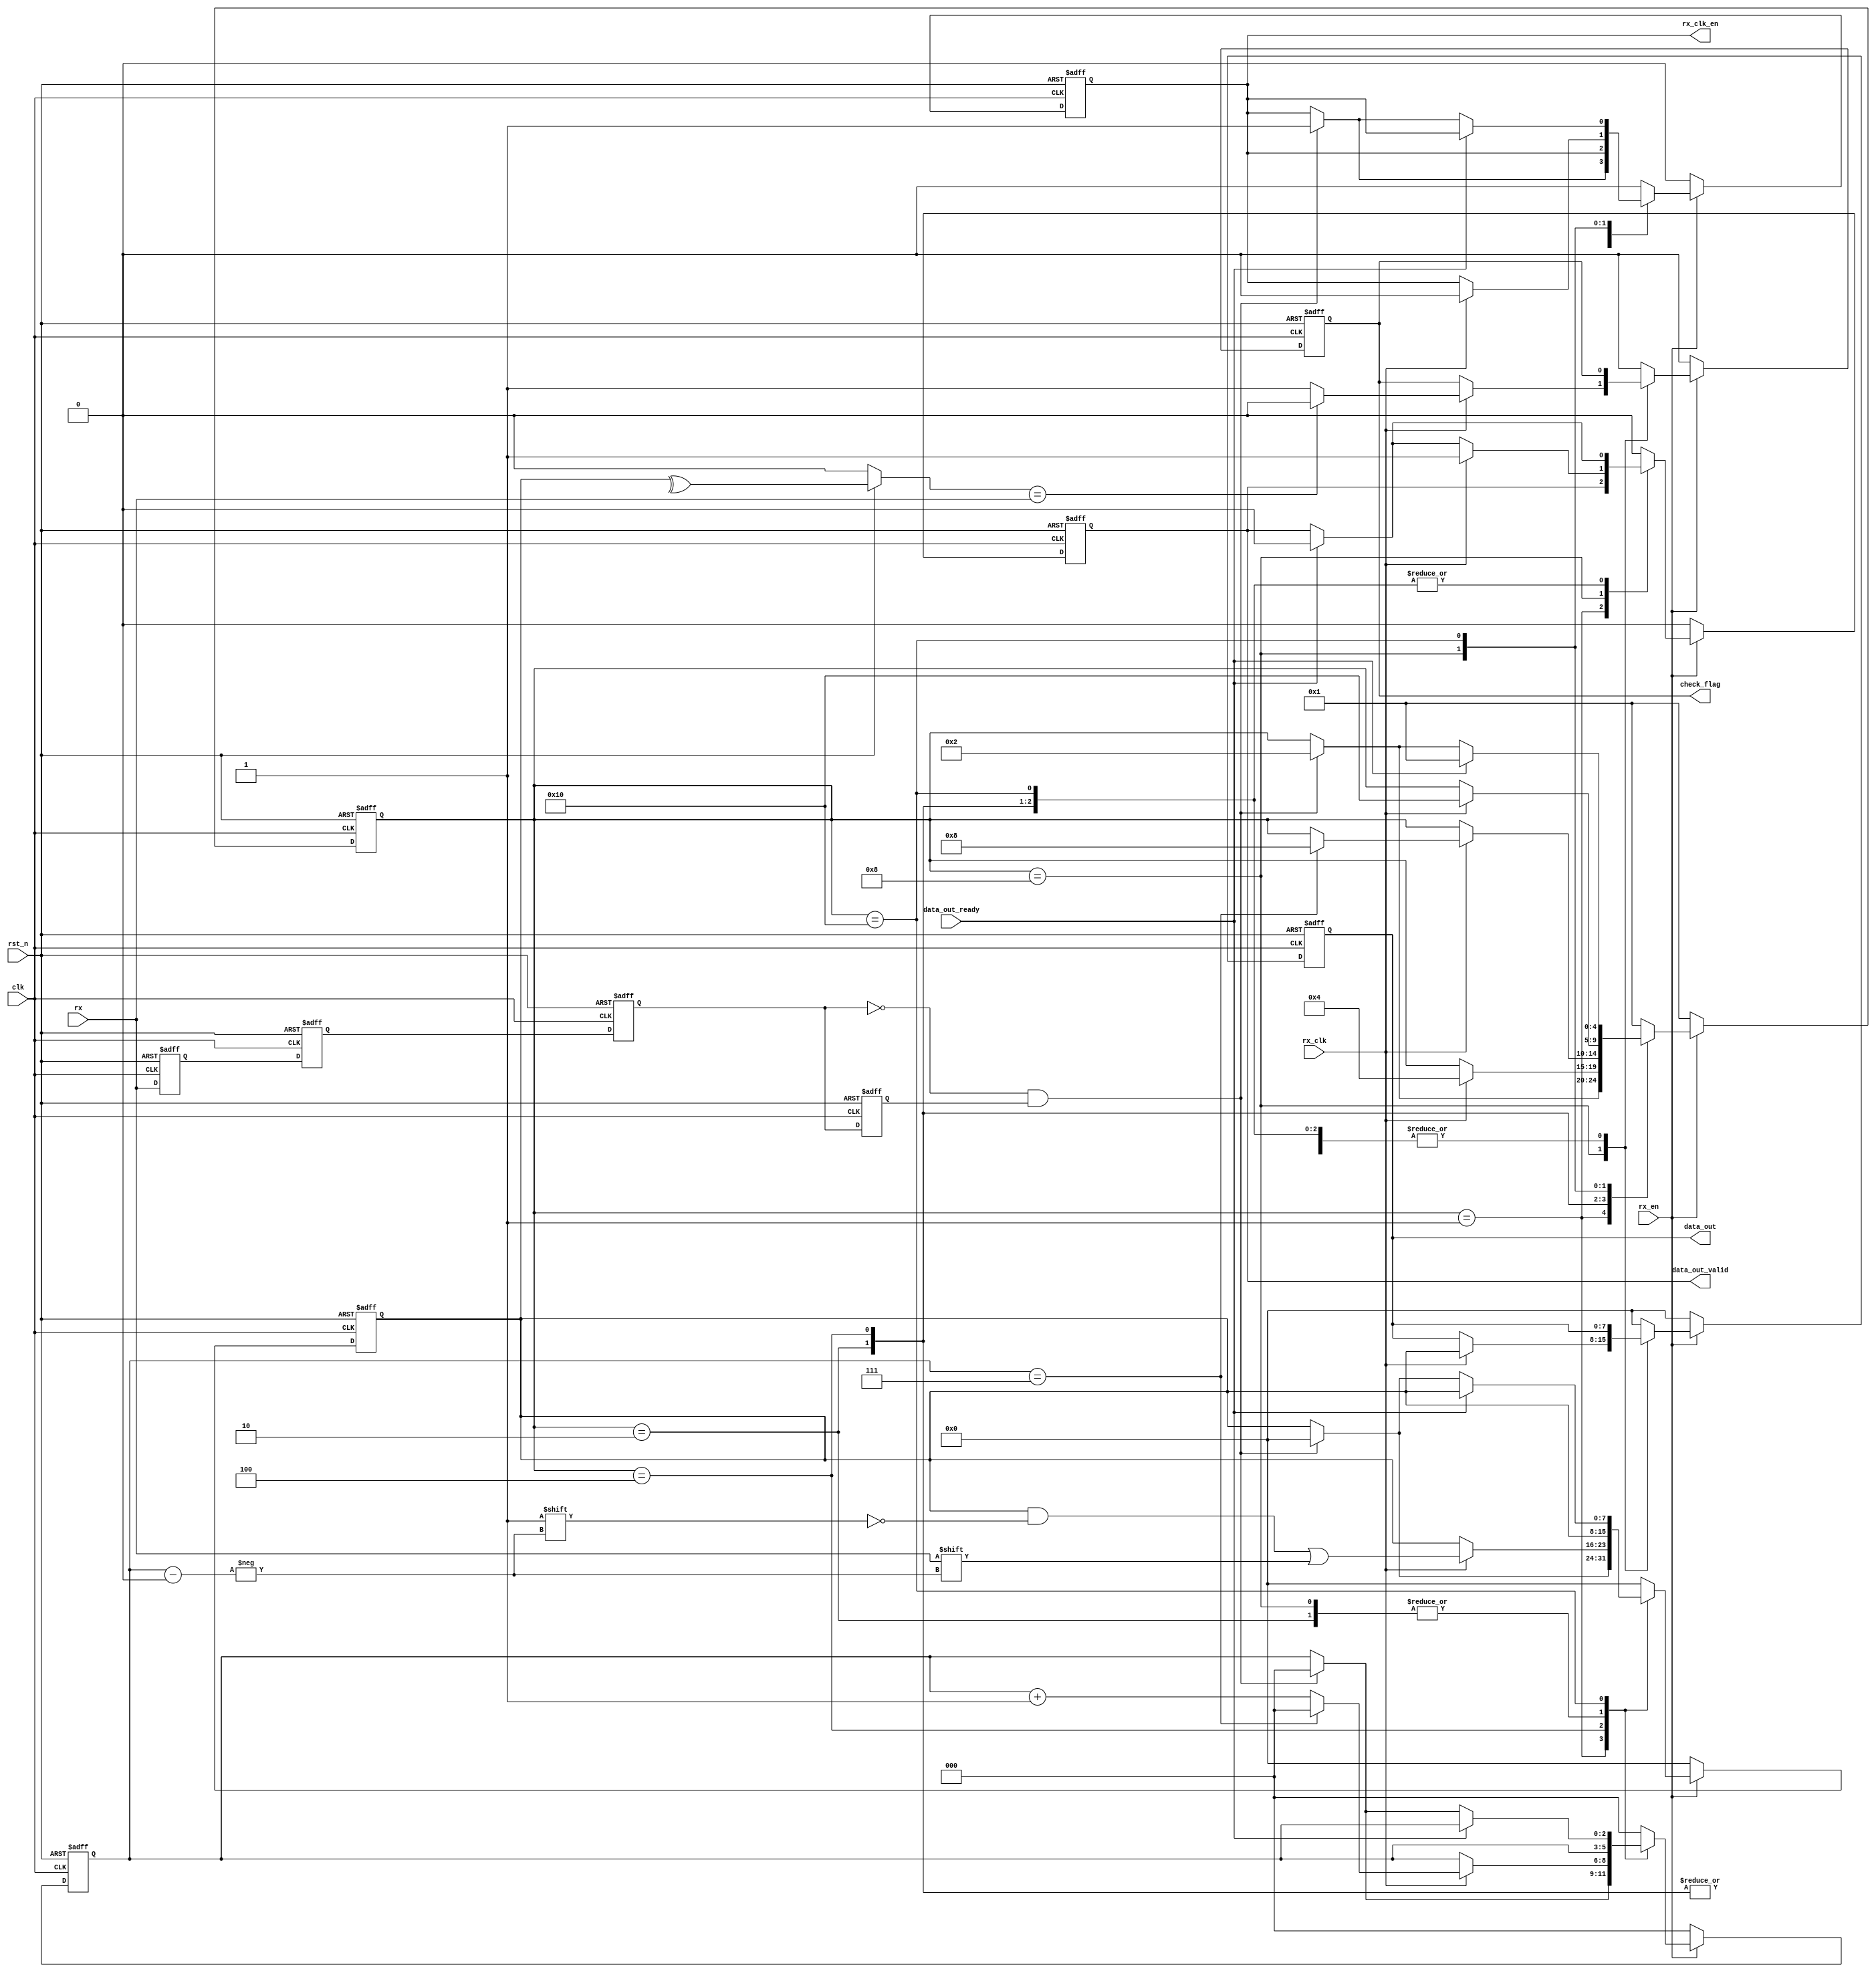
/*************************************************************/
//function: UART
//Data    : 2022.9.1
//Version : V 1.1
/*************************************************************/
`timescale 1 ns / 1 ps

module uart_rx (clk,rst_n,rx_en,rx_clk,rx,data_out_ready,data_out,data_out_valid,rx_clk_en,check_flag);
input clk;                  /**/
input rst_n;                /**/
input rx_en;                /*,*/
input rx_clk;               /**/
input rx;                   /*FPGAUART*/
input data_out_ready;       /*data_out,data_out_ready*/
output reg [7:0] data_out;  /*UART*/
output reg data_out_valid;  /*,*/
output reg rx_clk_en;       /*,*/
output reg check_flag;      /*,,check_flag,data_out_validcheck_flag*/

/************************************************/
parameter data_bits=8;             /*,5-8*/
parameter check_mode=1;            /*check_mode=0-,check_mode=1-,check_mode=2-,check_mode=3-0,check_mode=4-1*/
/************************************************************/



/**********************************************/
wire start_flag;
reg rx_reg_0,rx_reg_1,rx_reg_2,rx_reg_3;

always@(posedge clk or negedge rst_n)
begin
  if(!rst_n)
    begin
      rx_reg_0<=1'b0;
      rx_reg_1<=1'b0;
      rx_reg_2<=1'b0;
      rx_reg_3<=1'b0;
    end
  else
    begin
      rx_reg_0<=rx;
      rx_reg_1<=rx_reg_0;
      rx_reg_2<=rx_reg_1;
      rx_reg_3<=rx_reg_2;	
    end
end

assign start_flag=(~rx_reg_2)&&rx_reg_3;
/************************************************************/



/*************************RX*************************/
reg [4:0] rx_state; /*UART*/
reg [data_bits-1:0] data; 
reg [2:0] data_cnt;
reg bit_check;

always@(posedge clk or negedge rst_n)
begin
  if(!rst_n)
    begin
      rx_state<=5'b00001;
      rx_clk_en<=1'b0;
      data_cnt<=0;
      data<=0;
      data_out<=0;
      data_out_valid<=1'b0; 
      check_flag<=1'b0; 
    end
  else if (rx_en)
    begin
      case(rx_state)
        5'b00001 : begin/**/
                     if(start_flag)
                       begin
                         rx_state<=5'b00010;
                         rx_clk_en<=1'b1;
                         data_cnt<=0;
                         data<=0;
                         data_out<=data_out;
                         data_out_valid<=data_out_valid; 
                         check_flag<=check_flag;						  
                       end
                     else
                       begin
                         rx_state<=rx_state;
                         rx_clk_en<=rx_clk_en;
                         data_cnt<=data_cnt;
                         data<=data;
                         data_out<=data_out;
                         data_out_valid<=data_out_valid; 
                         check_flag<=check_flag; 						
                       end
                   end
        5'b00010 : begin/**/
                     if(rx_clk)
                       begin
                         rx_state<=5'b00100;
                         rx_clk_en<=rx_clk_en;
                         data_cnt<=data_cnt;
                         data<=data;
                         data_out<=data_out;
                         check_flag<=check_flag;							  
                       end
                     else
                       begin
                         rx_state<=rx_state;
                         rx_clk_en<=rx_clk_en;
                         data_cnt<=data_cnt;
                         data<=data;
                         data_out<=data_out;
                         check_flag<=check_flag;
                       end
                     
                     if(data_out_ready)
                       data_out_valid<=1'b0;
                     else
                       data_out_valid<=data_out_valid;
                   end					
        5'b00100 : begin/**/
                     if(rx_clk)
                       begin
                         rx_clk_en<=rx_clk_en;
                         data_out<=data_out;
                         check_flag<=check_flag;	
                         if(data_cnt==data_bits-1)
                           begin
                             data_cnt<=0;	
                             data[data_cnt]<=rx;
                             rx_state<=5'b01000;							  						  
                           end
                         else
                           begin
                             data_cnt<=data_cnt+1;	
                             data[data_cnt]<=rx;	
                             rx_state<=rx_state;							  
                           end									  
                       end
                     else
                       begin
                         rx_state<=rx_state;
                         rx_clk_en<=rx_clk_en;
                         data_cnt<=data_cnt;
                         data<=data;
                         data_out<=data_out;
                         check_flag<=check_flag;						
                       end
                     
                     if(data_out_ready)
                       data_out_valid<=1'b0;
                     else
                       data_out_valid<=data_out_valid;					   
                   end					
        5'b01000 : begin/*,*/
                     if(rx_clk)
                       begin
                         rx_state<=5'b10000;
                         rx_clk_en<=1'b0;
                         data_cnt<=data_cnt;
                         data<=data;
                         data_out<=data;
                         data_out_valid<=1'b1;
                         if(bit_check==rx)
                           check_flag<=1'b0;
                         else
                           check_flag<=1'b1;
                       end
                     else
                       begin
                         rx_state<=rx_state;
                         rx_clk_en<=rx_clk_en;
                         data_cnt<=data_cnt;
                         data<=data;
                         data_out<=data_out;
                         check_flag<=check_flag;	
                         if(data_out_ready)
                           data_out_valid<=1'b0;
                         else
                           data_out_valid<=data_out_valid;						 
                       end
                   end
        5'b10000 : begin
                     if(data_out_ready)/**/
                       begin
                         rx_state<=5'b00001;
                         rx_clk_en<=rx_clk_en;
                         data_cnt<=data_cnt;
                         data<=data;
                         data_out<=data_out;
                         data_out_valid<=0;
                         check_flag<=check_flag;
                       end
                     else
                       begin
                         if(start_flag)/*n,n+1,5'b10000,n+1*/
                           begin
                             rx_state<=5'b00010;
                             rx_clk_en<=1'b1;
                             data_cnt<=0;
                             data<=0;
                             data_out<=data_out;
                             data_out_valid<=data_out_valid;/*n+1,n+1,n;n+1data_out_ready,n,n+1data_out_ready,nn+1*/
                             check_flag<=check_flag;												 
                           end
                         else
                           begin
                             rx_state<=rx_state;
                             rx_clk_en<=rx_clk_en;
                             data_cnt<=data_cnt;
                             data<=data;
                             data_out<=data_out;
                             data_out_valid<=data_out_valid;
                             check_flag<=check_flag;						   
                           end
                       end
                   end
	    default : begin
                    rx_state<=5'b00001;
                    rx_clk_en<=1'b0;
                    data_cnt<=0;
                    data<=0;
                    data_out<=0;
                    data_out_valid<=1'b0; 
                    check_flag<=1'b0; 		            
                  end
      endcase
    end
  else
    begin
      rx_state<=5'b00001;
      rx_clk_en<=1'b0;
      data_cnt<=0;
      data<=0;
      data_out<=0;
      data_out_valid<=1'b0; 
      check_flag<=1'b0; 
    end
end

/**/
always@(*)
begin
  if(!rst_n)
    bit_check=1'b0;
  else
    begin
      case(check_mode)
        3'd0 : bit_check=1'b1;   /**/
        3'd1 : bit_check=^data;  /**/
        3'd2 : bit_check=^~data; /**/
        3'd3 : bit_check=1'b0;   /*0*/
        3'd4 : bit_check=1'b1;   /*1*/
        default:bit_check=1'b0;
      endcase	  
    end
end
/************************************************************/

endmodule